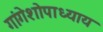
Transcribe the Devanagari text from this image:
गांगेशोपाध्याय